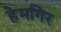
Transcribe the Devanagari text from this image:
हेमगिर